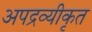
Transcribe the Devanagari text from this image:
अपद्रव्यीकृत